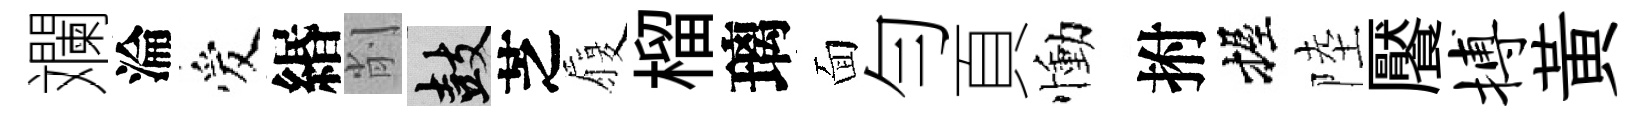
斕淪爱緡削鼓芝履榴璃面勻頁慟拊握陸饜搏黃